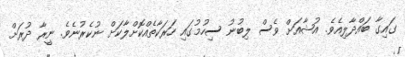
ގައިގާ ބައްދާލިއެވެ. އުޝާއަށް ވެސް ލިބުނު ސިހުމުގައި ހަރަކާތެއްކޮށްލާކަށް ނުކެރުނެވެ. ނީރާ ދުރަށް